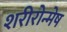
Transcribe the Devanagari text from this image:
शरीरोन्मेष